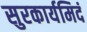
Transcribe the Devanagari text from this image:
सुरकार्यमिदं